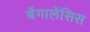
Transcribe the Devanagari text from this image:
बेंगालेंसिस